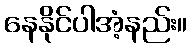
နေနိုင်ပါအံ့နည်း။